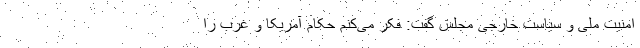
امنیت ملی و سیاست خارجی مجلس گفت: فکر می‌کنم حکام آمریکا و غرب را